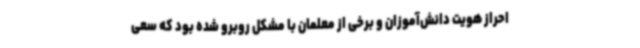
احراز هویت دانش‌آموزان و برخی از معلمان با مشکل روبرو شده بود که سعی